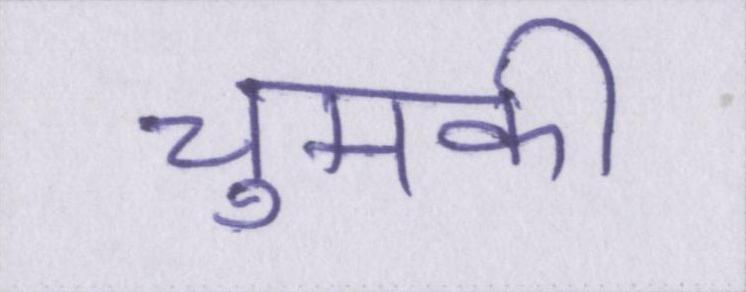
चुमकी